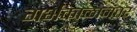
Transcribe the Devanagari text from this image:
गर्भकाळानंतर